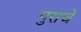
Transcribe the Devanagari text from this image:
पुराचें